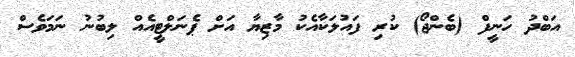
އަބްދު ހަނީފް (ބެންޖޯ) ކުރި ފައުލަކާއެކު މާޒިޔާ އަށް ޕެނަލްޓީއެއް ލިބުނު ނަމަވެސް